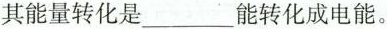
其能量转化是_______能转化成电能。